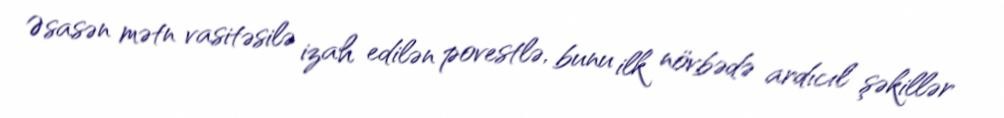
Əsasən mətn vasitəsilə izah edilən povestlə, bunu ilk növbədə ardıcıl şəkillər